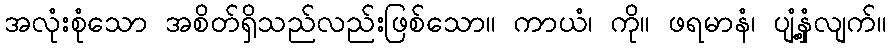
အလုံးစုံသော အစိတ်ရှိသည်လည်းဖြစ်သော။ ကာယံ၊ ကို။ ဖရမာနံ၊ ပျံ့နှံ့လျက်။